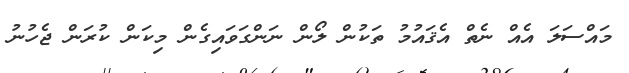
މައްސަލަ އެއް ނެތް އެޤައުމު ތަކުން ލޯން ނަންގަވައިގެން މިކަން ކުރަން ޖެހުނު